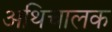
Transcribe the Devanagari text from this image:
अथिचालक